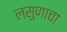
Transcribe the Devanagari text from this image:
लसुणाचा